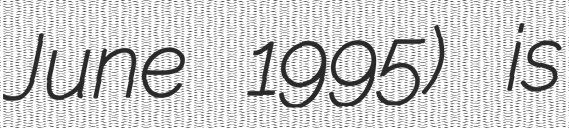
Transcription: June 1995) is